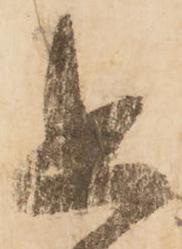
追